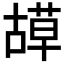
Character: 𦹯